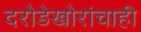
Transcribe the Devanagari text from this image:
दरोडेखोरांचाही